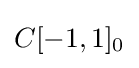
C[-1,1]_{0}